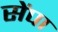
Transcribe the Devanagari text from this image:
सेंपा